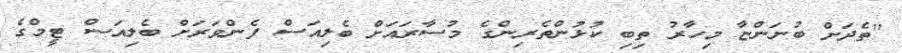
"ތެދަށް ބުނަންޏާ މިހާރު ތިބި ކުޅުންތެރިންގެ މުސާރައަށް ބެލިއަސް ފެންވަރަށް ބެލިއަސް ޓީމްގެ